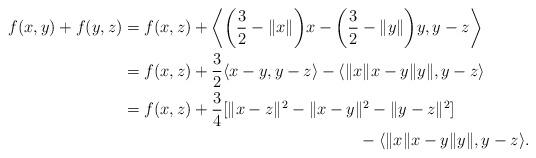
LaTeX: \begin{align*}f(x,y)+f(y,z)&=f(x,z)+\bigg\langle \bigg(\frac{3}{2}-\|x\|\bigg)x-\bigg(\frac{3}{2}-\|y\|\bigg)y,y-z\bigg\rangle\\&=f(x,z)+\frac{3}{2}\langle x-y,y-z\rangle-\langle\|x\|x-y\|y\|,y-z\rangle\\&=f(x,z)+\frac{3}{4}[\|x-z\|^2-\|x-y\|^2-\|y-z\|^2]\\&\hskip6cm-\langle\|x\|x-y\|y\|,y-z\rangle. \end{align*}